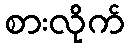
စားလိုက်